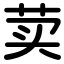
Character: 荬